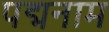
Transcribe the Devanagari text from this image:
पद्मनाम